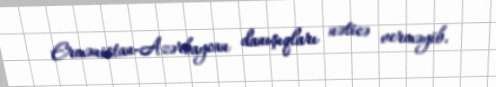
Ermənistan-Azərbaycan danışıqları nəticə verməyib.